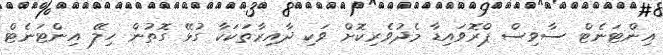
އިންޓަނެޓް ސާވިސް ޕްރޮވައިޑާ މެދުވެރިކޮށް ވަކި ދާއިރާތަކަކާ ގުޅޭ ގޮތުން ހިލޭ އިންޓަނެޓް